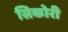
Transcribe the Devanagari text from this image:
सिकोरी